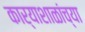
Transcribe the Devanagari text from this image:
कार्याशाळांच्या